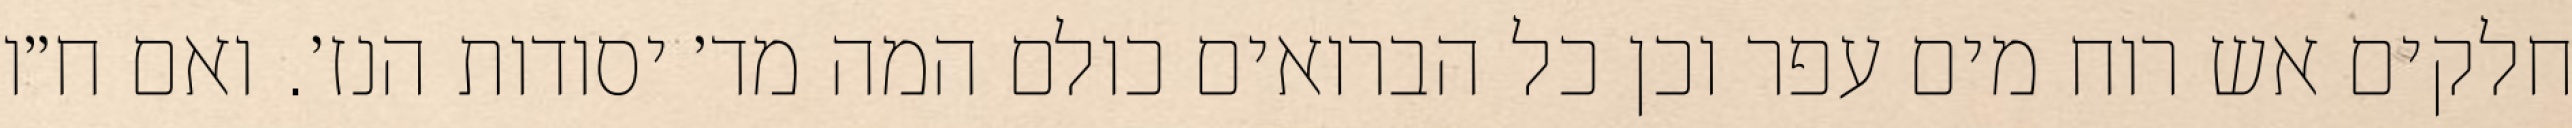
חלקים אש רוח מים עפר וכן כל הברואים כולם המה מד׳ יסודות הנז׳. ואם ח״ו